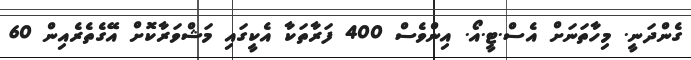
ގެންދަނީ. މިހާތަނަށް އެސް.ޓީ.އޯ. އިންވެސް 400 ފަރާތަކާ އެކީގައި މަޝްވަރާކޮށް އޭގެތެރެއިން 60